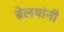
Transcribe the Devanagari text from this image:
ब्रेलयांनी